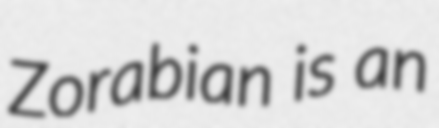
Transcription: Zorabian is an